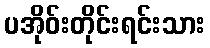
ပအိုဝ်းတိုင်းရင်းသား